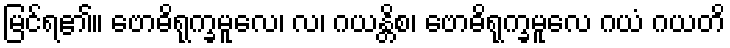
မြင်ရ၏။ ဗောဓိရုက္ခမူလေ၊ လ၊ ဂယန္တိစ၊ ဗောဓိရုက္ခမူလေ ဂယံ ဂယတိ